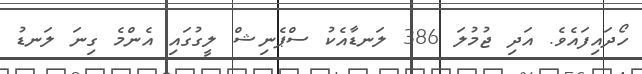
ހޯދައިފައެވެ. އަދި ޖުމުލަ 386 ލަނޑާއެކު ސްޕެނިޝް ލީގުގައި އެންމެ ގިނަ ލަނޑު